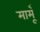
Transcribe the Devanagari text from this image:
मामूँ